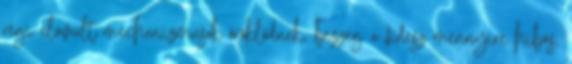
régi elavult mechanizmusok öröklődnek, bezzeg a fidesz mennyire hibás,